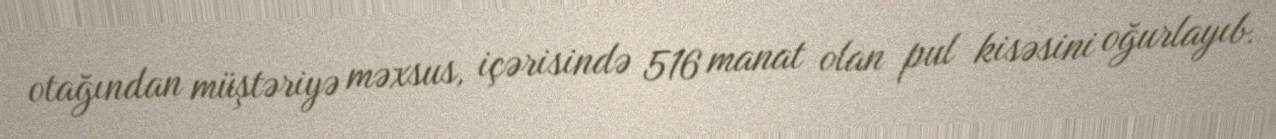
otağından müştəriyə məxsus, içərisində 516 manat olan pul kisəsini oğurlayıb.